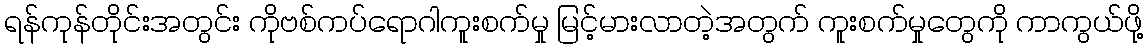
ရန်ကုန်တိုင်းအတွင်း ကိုဗစ်ကပ်ရောဂါကူးစက်မှု မြင့်မားလာတဲ့အတွက် ကူးစက်မှုတွေကို ကာကွယ်ဖို့